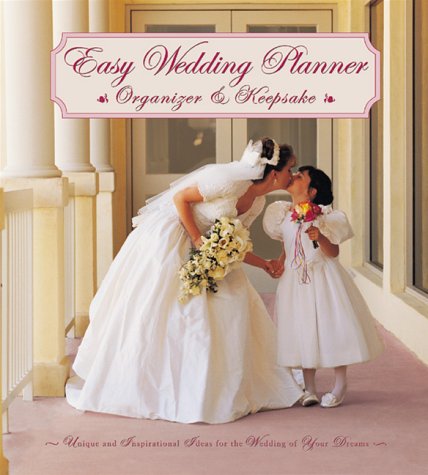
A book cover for Easy Wedding Planner, Organizer & Keepsake; Elizabeth Lluch; Crafts, Hobbies & Home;